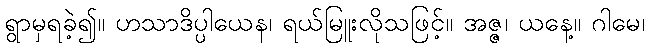
ရွာမှရခဲ့၍။ ဟသာဒိပ္ပါယေန၊ ရယ်မြူးလိုသဖြင့်။ အဇ္ဇ၊ ယနေ့။ ဂါမေ၊